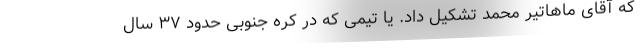
که آقای ماهاتیر محمد تشکیل داد. یا تیمی که در کره جنوبی حدود ۳۷ سال